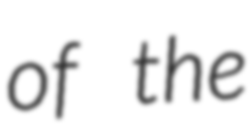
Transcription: of the